Report on lock hospitals in British Burma
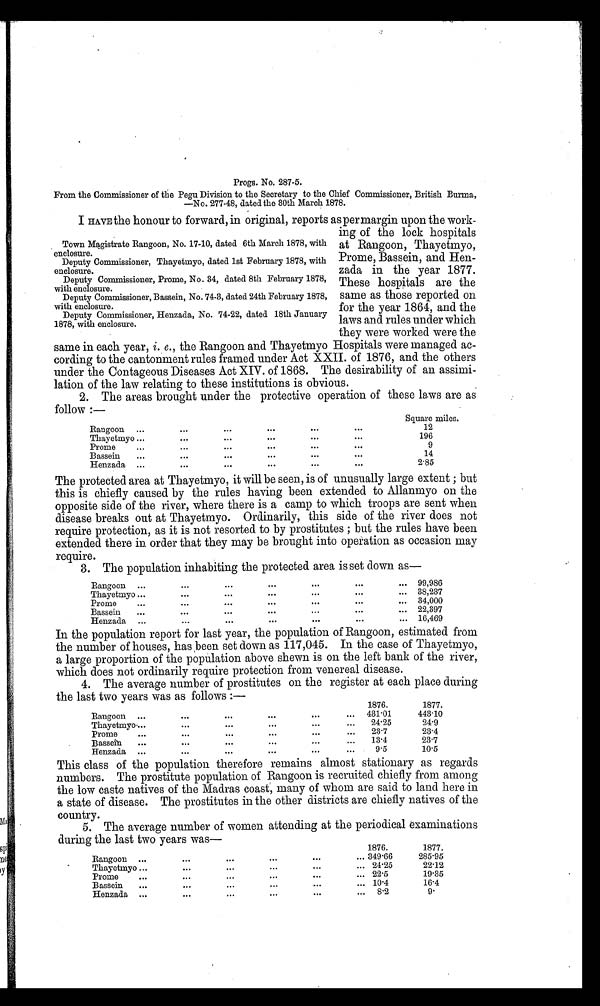
Frogs. No. 287-5.
From the Commissioner of the Pegu Division to the Secretary to the Chief Commissioner, British Burma,
—No. 277-48, dated the 30th March 1878.
I HAVE the honour to forward, in original, reports as per margin upon the work-
ing of the lock hospitals
at Rangoon, Thayetmyo,
Prome, Bassein, and Hen-
zada in the year 1877.
These hospitals are the
same as those reported on
for the year 1864, and the
laws and rules under which
they were worked were the
same in each year, i. e., the Rangoon and Thayetmyo Hospitals were managed ac-
cording to the cantonment rules framed under Act XXII. of 1876, and the others
under the Contageous Diseases Act XIV. of 1868. The desirability of an assimi-
lation of the law relating to these institutions is obvious.
2. The areas brought under the protective operation of these laws are as
follow :-
Rangoon
...
...
...
...
...
...
Square miles.
12
Thayetmyo ...
...
...
...
...
196
Prome
...
...
...
...
...
...
9
Bassein
...
...
...
...
...
...
14
Henzada ...
...
...
...
...
2.85
The protected area at Thayetmyo, it will be seen, is of unusually large extent ; but
this is chiefly caused by the rules having been extended to Allanmyo on the
opposite side of the river, where there is a camp to which troops are sent when
disease breaks out at Thayetnayo. Ordinarily, this side of the river does not
require protection, as it is not resorted to by prostitutes ; but the rules have been
extended there in order that they may be brought into operation as occasion may
require.
3. The population inhabiting the protected area is set down as-
Rangoon
...
...
...
...
... 99,986
Thayetmyo ...
...
...
...
. . .
. . .
... 38,237
Prome
...
...
...
...
...
... 34,000
Bassein
...
...
...
...
...
... 22,397
Henzada
...
...
...
...
. . .
...
...
16,469
In the population report for last year, the population of Rangoon, estimated from
the number of houses, has been set down as 117,045. In the case of Thayetmyo,
a large proportion of the population above shewn is on the left bank of the river,
which does not ordinarily require protection from venereal disease.
4. The average number of prostitutes on the register at each place during
the last two years was as follows :—
Rangoon ...
...
...
...
...
...
1876.
1877.
431.01
443.10
Thayetmyo...
...
...
...
. . .
...
24.25
24.9
Prome
...
...
...
...
. . .
...
23.7
23.4
Bassein
...
...
...
. . .
...
...
13.4
23.7
Henzada
...
...
- .
...
9.5
10.5
This class of the population therefore remains almost stationary as regards
numbers. The prostitute population of Rangoon is recruited chiefly from among
the low caste natives of the Madras coast, many of whom are said to land here in
a state of disease. The prostitutes in the other districts are chiefly natives of the
country.
5. The average number of women attending at the periodical examinations
during the last two years was—
Rangoon ...
...
. . .
...
. . .
...
1876.
1877.
349.66
285.95
24.25
22.12
Thayetmyo ...
...
...
...
...
...
22.5
19.35
Promo
. . .
...
...
...
...
...
10.4
16.4
Bassein
. . .
...
...
...
...
...
8 . 2
9.
Henzada ...
...
...
. . .
...
Town Magistrate Rangoon, No. 17-10, dated 6th March 1878, with
enclosure.
Deputy Commissioner, Thayetmyo, dated 1st February 1878, with
enclosure.
Deputy Commissioner, Prome, No. 34, dated 8th February 1878,
with enclosure.
Deputy Commissioner, Bassein, No. 74-3, dated 24th February 1878,
with enclosure.
Deputy Commissioner, Henzada, No. 74-22, dated 18th January
1878, with enclosure.